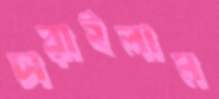
চারাইলাম